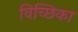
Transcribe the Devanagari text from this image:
विच्छिका